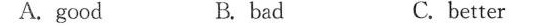
A.good B. bad C. better